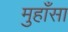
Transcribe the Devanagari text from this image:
मुहाँसा